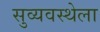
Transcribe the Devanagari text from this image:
सुव्यवस्थेला